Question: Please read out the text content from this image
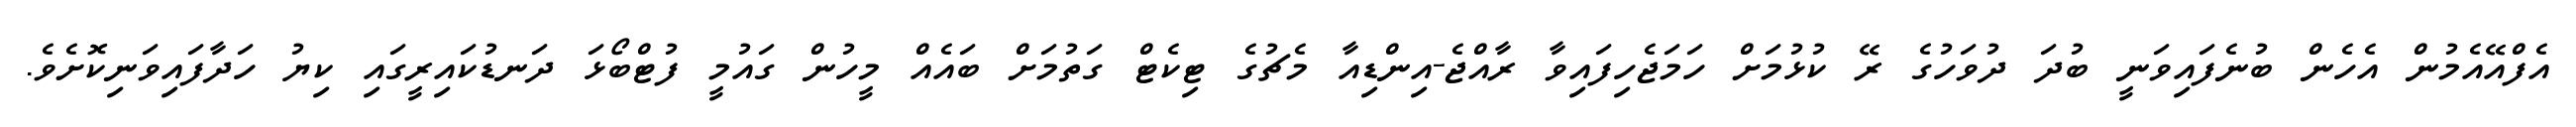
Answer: އެފްއޭއެމުން އެހެން ބުނެފައިވަނީ ބުދަ ދުވަހުގެ ރޭ ކުޅުމަށް ހަމަޖެހިފައިވާ ރާއްޖެ-އިންޑިއާ މެޗުގެ ޓިކެޓް ގަތުމަށް ބައެއް މީހުން ގައުމީ ފުޓްބޯޅަ ދަނޑުކައިރީގައި ކިޔު ހަދާފައިވަނިކޮށެވެ.